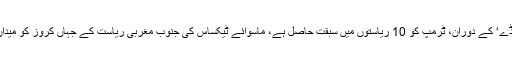
خودساختہ ’سوپر ٹیوزڈے‘ کے دوران، ٹرمپ کو 10 ریاستوں میں سبقت حاصل ہے، ماسوائے ٹیکساس کی جنوب مغربی ریاست کے جہاں کروز کو میدان مارنے کی توقع ہے۔